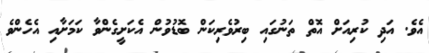
އެވެ. އަދި ކުރިއަށް އޮތް ތަނުގައި ބިރުވެރިކަން ބޮޑުވުން އެކަށީގެންވާ ކަމަށާއި އެހެންވެ